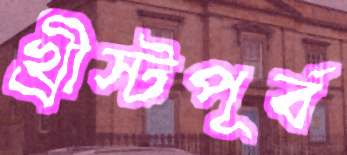
খ্রীস্টপূর্ব